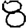
Digit: 8